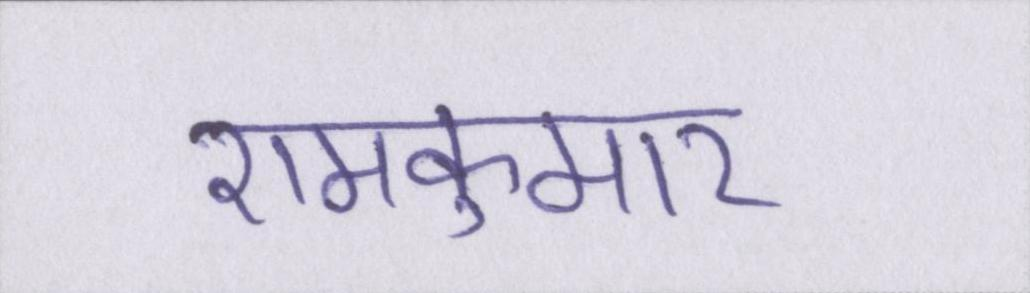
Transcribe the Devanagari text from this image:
रामकुमार